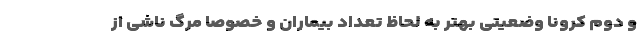
و دوم کرونا وضعیتی بهتر به لحاظ تعداد بیماران و خصوصا مرگ ناشی از